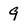
Character: 9